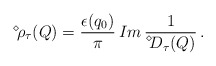
\begin{align*}\displaystyle{ \raisebox{0.9ex}{\scriptsize{$\diamond$}}} \mbox{\hspace{-0.33ex}} \rho_\tau (Q) = \frac{\epsilon (q_0)}{\pi} \, Im \, \frac{1}{\displaystyle{ \raisebox{1.1ex}{\scriptsize{$\diamond$}}} \mbox{\hspace{-0.33ex}} D_\tau (Q)} \, . \end{align*}